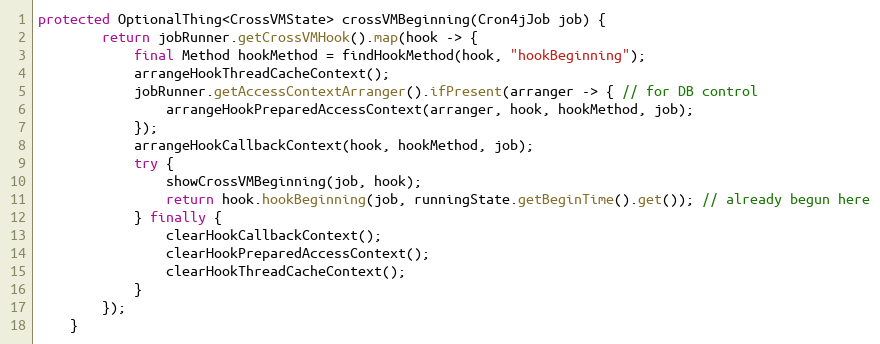
Language: Java
protected OptionalThing<CrossVMState> crossVMBeginning(Cron4jJob job) {
        return jobRunner.getCrossVMHook().map(hook -> {
            final Method hookMethod = findHookMethod(hook, "hookBeginning");
            arrangeHookThreadCacheContext();
            jobRunner.getAccessContextArranger().ifPresent(arranger -> { // for DB control
                arrangeHookPreparedAccessContext(arranger, hook, hookMethod, job);
            });
            arrangeHookCallbackContext(hook, hookMethod, job);
            try {
                showCrossVMBeginning(job, hook);
                return hook.hookBeginning(job, runningState.getBeginTime().get()); // already begun here
            } finally {
                clearHookCallbackContext();
                clearHookPreparedAccessContext();
                clearHookThreadCacheContext();
            }
        });
    }